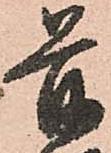
前